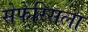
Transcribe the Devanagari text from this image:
सेफेरिसला